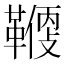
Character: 𩌻